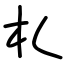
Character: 札